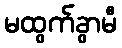
မထွက်ခွာမီ